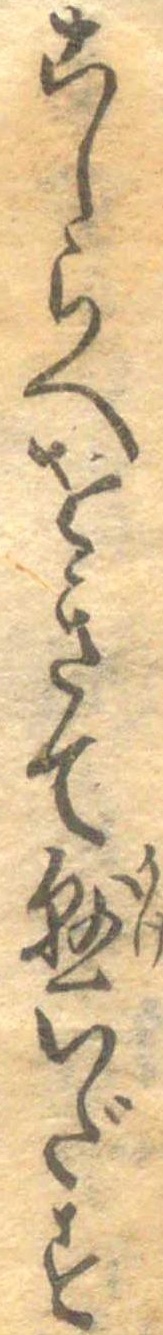
こしらへをきて懸いだす